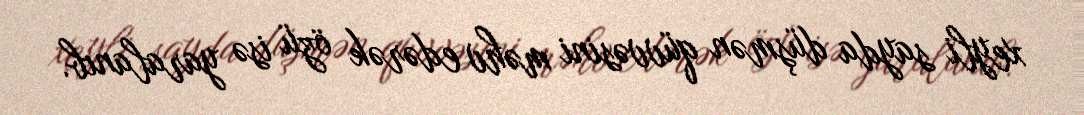
xeyli sayda düşmən qüvvəsini məhv edərək özü isə yaralanıb.